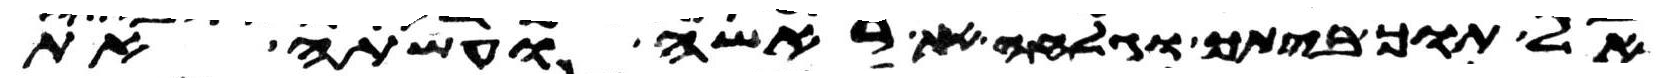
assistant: אל תוך ביתך וגלחה את ראשה ועשתה את